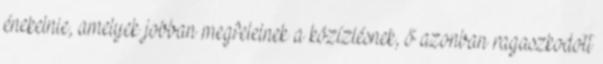
énekelnie, amelyek jobban megfelelnek a közízlésnek, ő azonban ragaszkodott